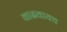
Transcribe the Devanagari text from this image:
वाढवायच